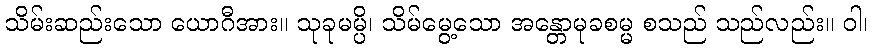
သိမ်းဆည်းသော ယောဂီအား။ သုခုမမ္ပိ၊ သိမ်မွေ့သော အန္တောမုခစမ္မ စသည် သည်လည်း။ ဝါ၊